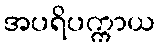
အပရိပက္ကာယ